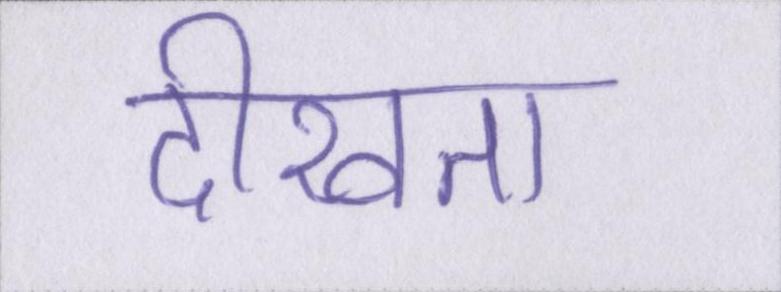
दीखता